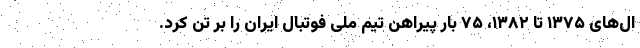
ال‌های ۱۳۷۵ تا ۱۳۸۲، ۷۵ بار پیراهن تیم ملی فوتبال ایران را بر تن کرد.